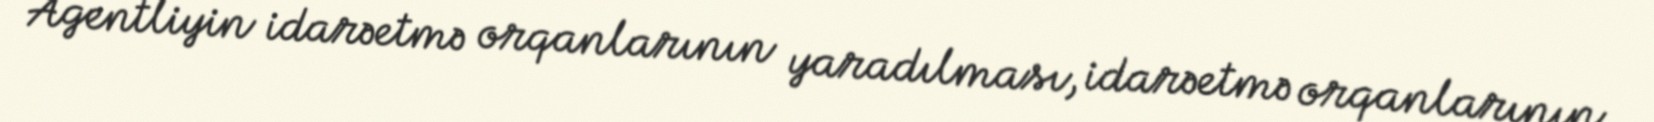
Agentliyin idarəetmə orqanlarının yaradılması, idarəetmə orqanlarının